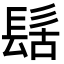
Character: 𮫀